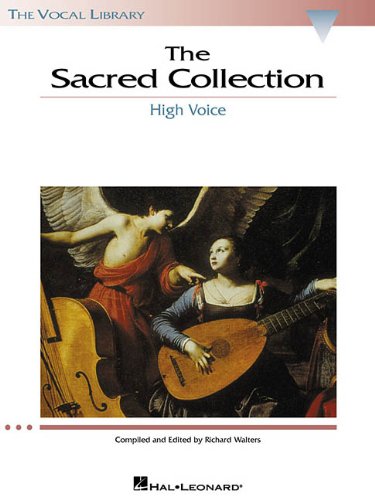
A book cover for The Sacred Collection: The Vocal Library High Voice; Richard Walters; Christian Books & Bibles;